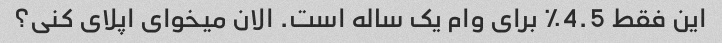
این فقط 4.5٪ برای وام یک ساله است. الان میخوای اپلای کنی؟